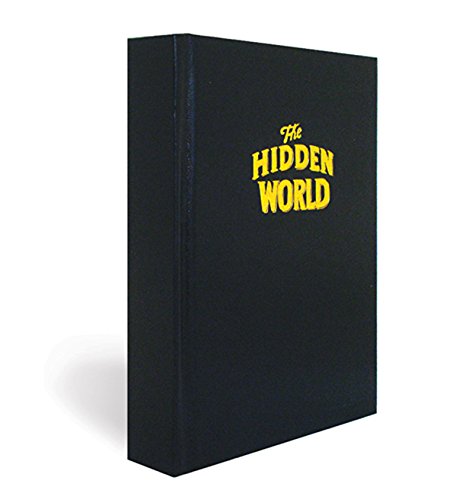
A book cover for Jim Shaw: The Hidden World; Tristan Garcia; Arts & Photography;